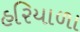
હરિયાળા